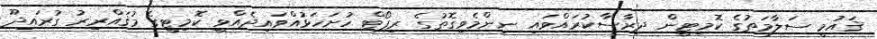
ޤައުމީ ސަލާމަތުގެ ކޮމިޓީން ދިރާސާކުރައްވައި ނިންމެވިގޮތުގެ ރިޕޯޓް ހުށަހަޅުއްވައިދެއްވީ ކޮމިޓީގެ މުޤައްރިރު ގުރައިދޫ